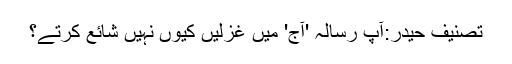
تصنیف حیدر:آپ رسالہ 'آج' میں غزلیں کیوں نہیں شائع کرتے؟